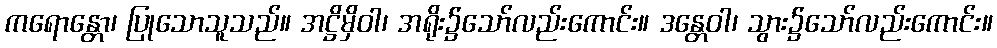
ကရောန္တော၊ ပြုသောသူသည်။ အဋ္ဌိမှိဝါ၊ အရိုး၌သော်လည်းကောင်း။ ဒန္တေဝါ၊ သွား၌သော်လည်းကောင်း။